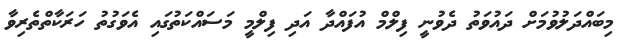
މިބައްދަލުވުމަށް ދައުވަތު ދެވުނީ ފިލްމް އުފައްދާ އަދި ފިލްމީ މަސައްކަތުގައި އެވަގުތު ހަރަކާތްތެރިވާ